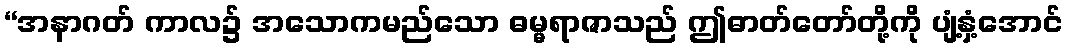
“အနာဂတ် ကာလ၌ အသောကမည်သော ဓမ္မရာဇာသည် ဤဓာတ်တော်တို့ကို ပျံ့နှံ့အောင်